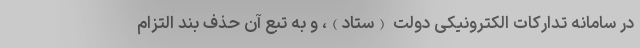
در سامانه تدارکات الکترونیکی دولت (ستاد)، و به تبع آن حذف بند التزام